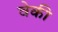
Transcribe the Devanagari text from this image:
वेकी